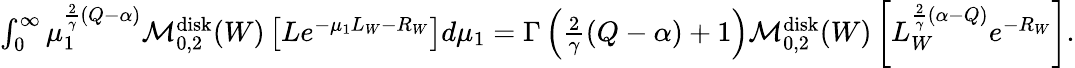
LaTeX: \begin{array}{r}{\int_{0}^{\infty}\mu_{1}^{\frac{2}{\gamma}(Q-\alpha)}\mathcal M_{0,2}^{\mathrm{disk}}(W)\left[Le^{-\mu_{1}L_{W}-R_{W}}\right]d\mu_{1}=\Gamma\left(\frac{2}{\gamma}(Q-\alpha)+1\right)\mathcal M_{0,2}^{\mathrm{disk}}(W)\left[L_{W}^{\frac{2}{\gamma}(\alpha-Q)}e^{-R_{W}}\right].}\end{array}